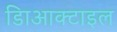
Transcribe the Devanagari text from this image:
डािआक्टाइल